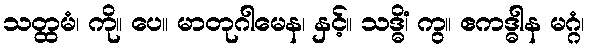
သတ္ထမံ၊ ကို။ ပေ။ မာတုဂါမေန၊ နှင့်။ သဒ္ဓိံ၊ ကွ။ ဧကဒ္ဓါန မဂ္ဂံ၊